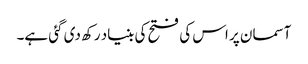
آسمان پر اس کی فتح کی بنیاد رکھ دی گئی ہے۔